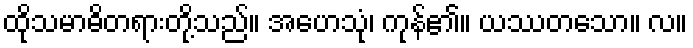
ထိုသမာဓိတရားတို့သည်။ အဟေသုံ၊ ကုန်၏။ ယဿတသော။ လ။